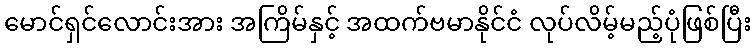
မောင်ရှင်လောင်းအား အကြိမ်နှင့် အထက်ဗမာနိုင်ငံ လုပ်လိမ့်မည့်ပုံဖြစ်ပြီး